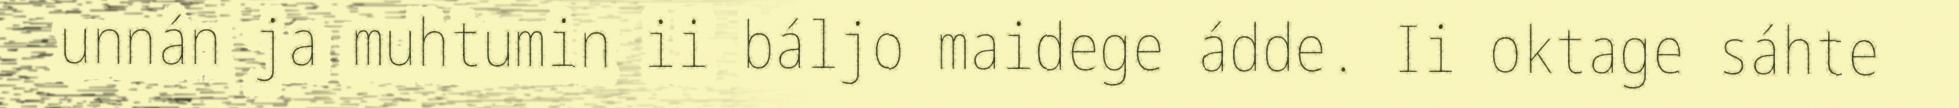
unnán ja muhtumin ii báljo maidege ádde. Ii oktage sáhte